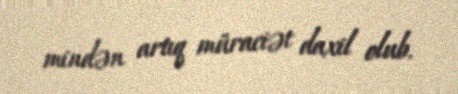
mindən artıq müraciət daxil olub.